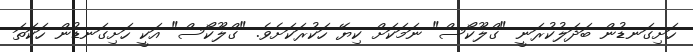
ހަށިގަނޑުން ބަދަލުކުރަނީ "ގްލޫކޯސް" ނަމަކަށް ކިޔޭ ހަކުރަކަށެވެ. "ގްލޫކޯސް" އަކީ ހަށިގަނޑުން ހަކަތަ